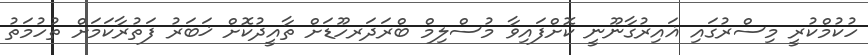
ހުކުމްކުރީ މިސްރުގައި ޣައިރުގާނޫނީ ކޮށްފައިވާ މުސްލިމް ބްރަދަރހޫޑަށް ތާއީދުކޮށް ޚަބަރު ފަތުރާކަމަށް ތުހުމަތު